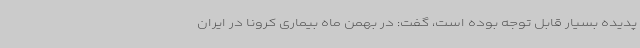
پدیده بسیار قابل توجه بوده است، گفت: در بهمن ماه بیماری کرونا در ایران